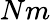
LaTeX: Nm